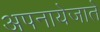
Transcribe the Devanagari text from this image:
अपनायेजाते